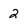
Character: 2